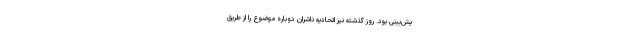
یش‌بینی بود. روز گذشته نیز اتحادیه ناشران دوباره موضوع را از طریق